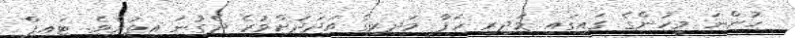
ހުންނަ މީހުންގެ ގައިގައި މަދިރި ހަފާ މަދިިރިގެ އަދަދަށްވުރެ ދެގުނަ އިތުރެވެ. ޓައިޕް